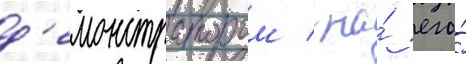
д'емонстратором / на́ его́